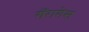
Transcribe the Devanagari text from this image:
गॅरागेस